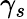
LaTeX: \gamma_{s}